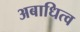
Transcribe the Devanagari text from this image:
अबाधित्व